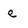
Character: e